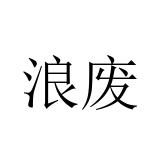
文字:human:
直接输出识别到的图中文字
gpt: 浪废